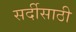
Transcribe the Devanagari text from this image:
सर्दीसाठी